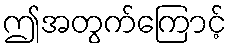
ဤအတွက်ကြောင့်